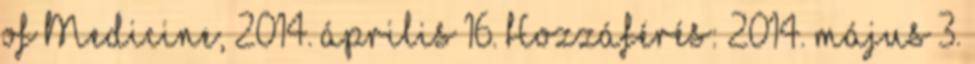
of Medicine, 2014. április 16. Hozzáférés: 2014. május 3.